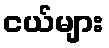
ငယ်များ